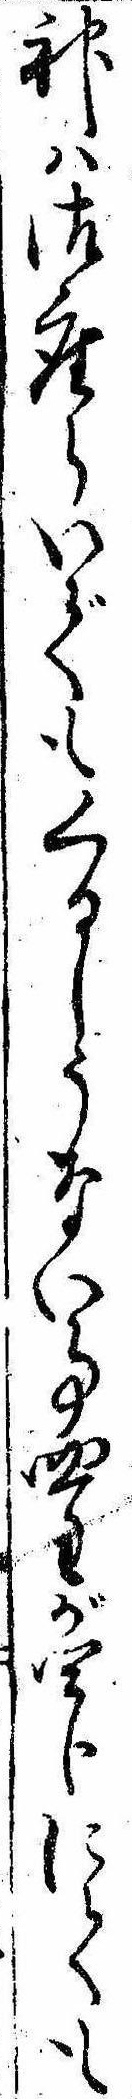
神は御座らいでもくるしうない事四匁が四分にても